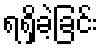
ရရှိခဲ့ခြင်း